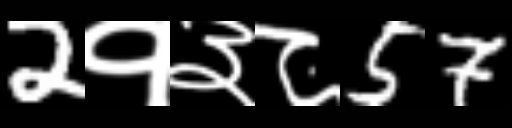
Text: 2१३८57